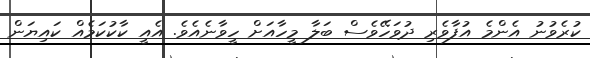
ކުރެވުނު އެންމެ އުފާވެރި ދުވަހޭވެސް ބަލާ މީހާއަށް ހީވާނެއެވެ. އެއީ ކާކުކަމެއް ކައިޔަން